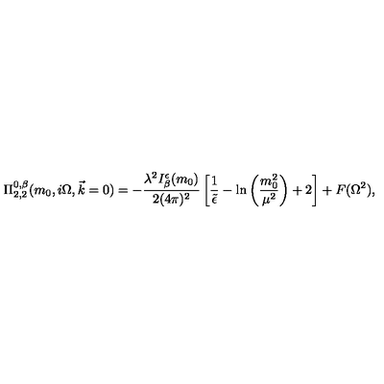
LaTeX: \Pi _ { 2 , 2 } ^ { 0 , \beta } ( m _ { 0 } , i \Omega , \vec { k } = 0 ) = - \frac { \lambda ^ { 2 } I _ { \beta } ^ { \epsilon } ( m _ { 0 } ) } { 2 ( 4 \pi ) ^ { 2 } } \left[ \frac { 1 } { \tilde { \epsilon } } - \ln \left( \frac { m _ { 0 } ^ { 2 } } { \mu ^ { 2 } } \right) + 2 \right] + F ( \Omega ^ { 2 } ) ,